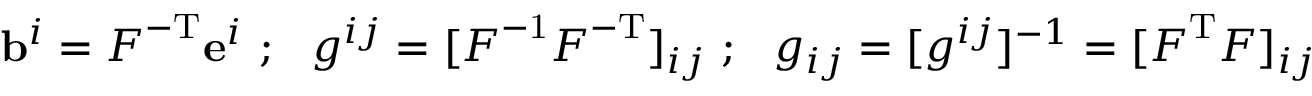
\mathbf { b } ^ { i } = { \boldsymbol { F } } ^ { - \mathrm { { T } } } \mathbf { e } ^ { i } ~ ; ~ ~ g ^ { i j } = [ { \boldsymbol { F } } ^ { - \mathrm { { 1 } } } { \boldsymbol { F } } ^ { - \mathrm { { T } } } ] _ { i j } ~ ; ~ ~ g _ { i j } = [ g ^ { i j } ] ^ { - 1 } = [ { \boldsymbol { F } } ^ { \mathrm { { T } } } { \boldsymbol { F } } ] _ { i j }